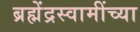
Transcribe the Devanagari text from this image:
ब्रह्मेंद्रस्वामींच्या